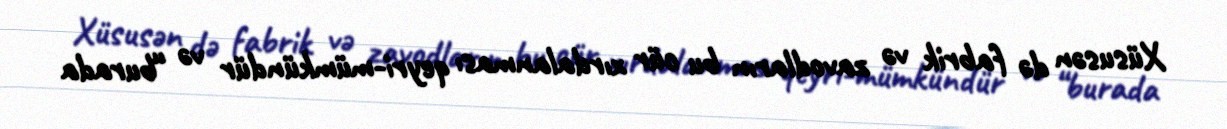
Xüsusən də fabrik və zavodların bu cür xırdalanması qeyri-mümkündür və “burada